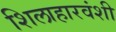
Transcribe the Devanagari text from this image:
शिलाहारवंशी